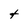
Character: t